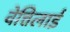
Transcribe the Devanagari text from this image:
वेत्तिलाई